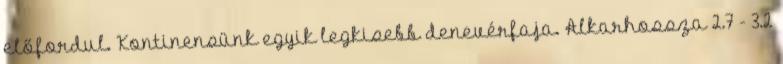
előfordul. Kontinensünk egyik legkisebb denevérfaja. Alkarhossza 2.7 - 3.2